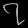
Digit: ၇